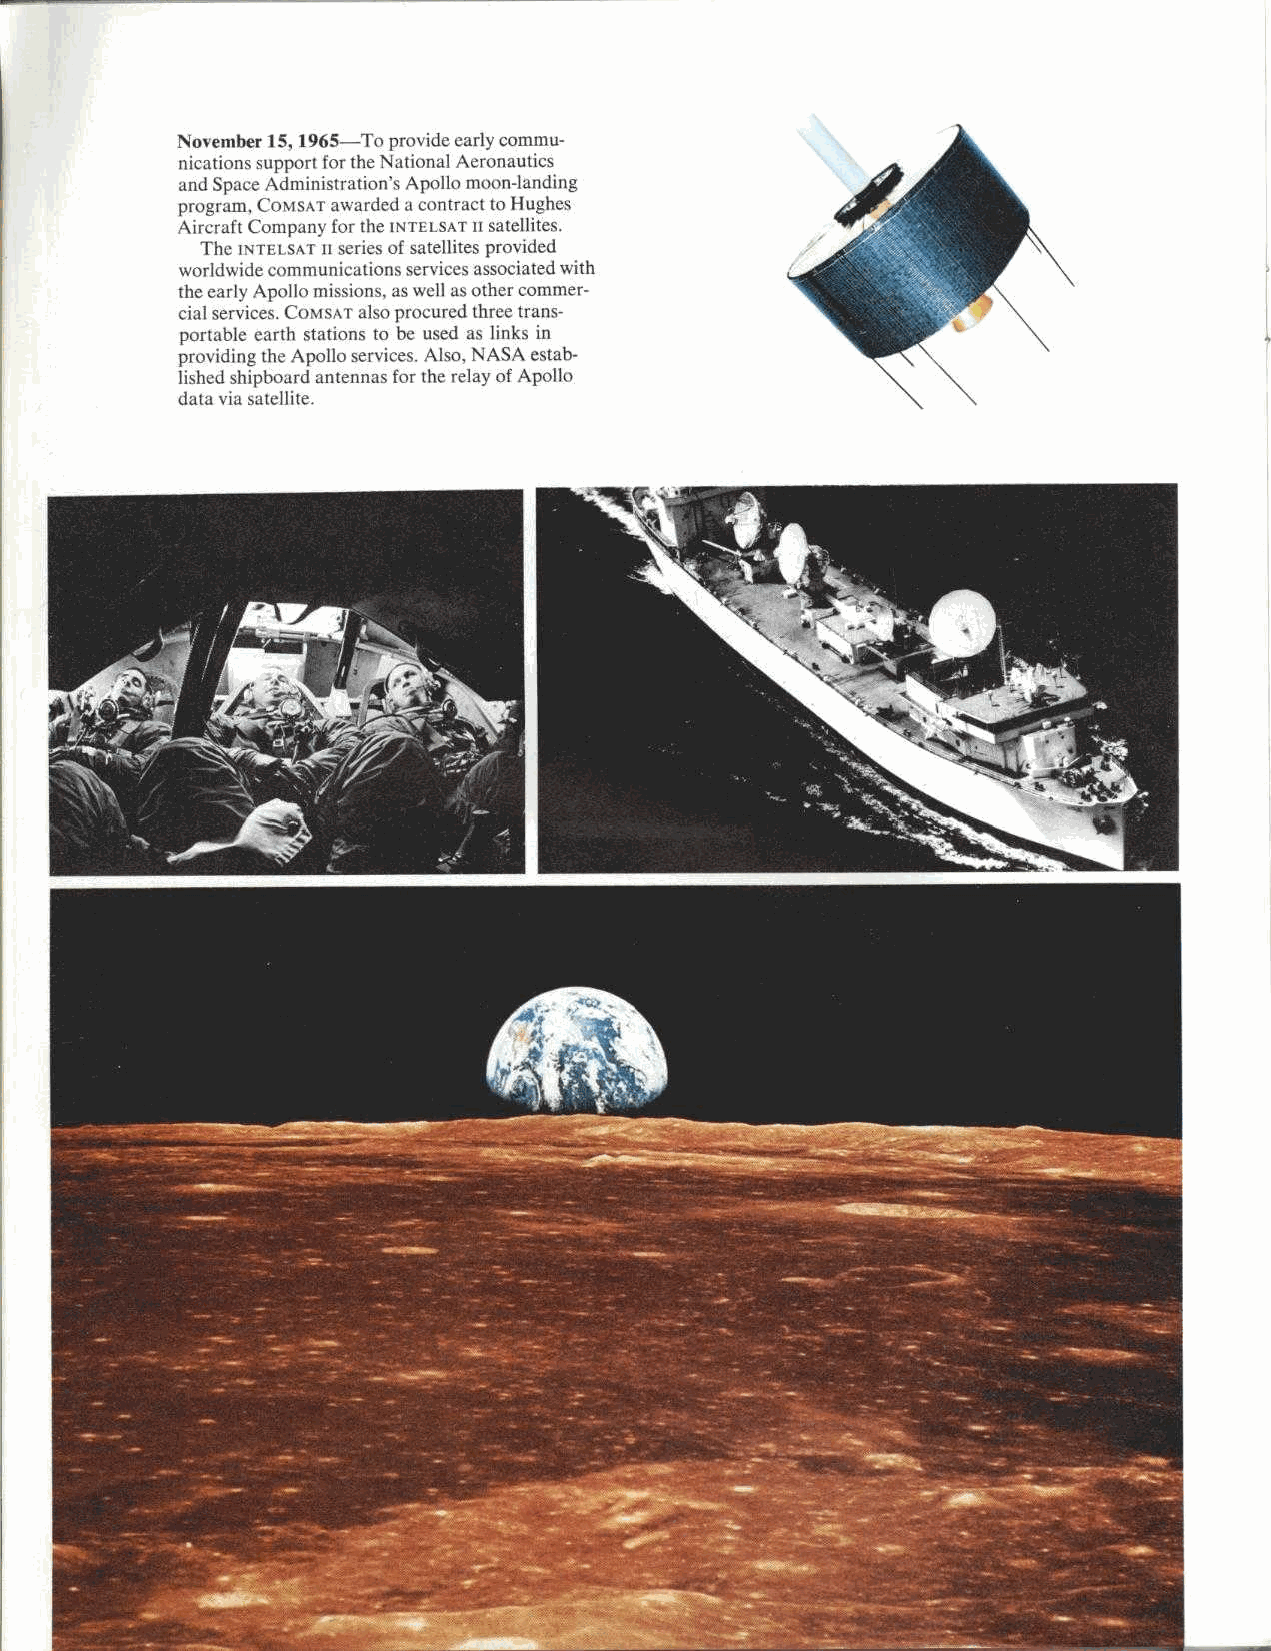
November 15, 1965-To provide early commu-
 nications support for the National Aeronautics
 and Space Administration's Apollo moon-landing
 program, COMSAT awarded a contract to Hughes
 Aircraft Company for the INTELSAT it satellites.
 The INTELSAT tt series of satellites provided
 worldwide communications services associated with
 the early Apollo missions, as well as other commer-
 cial services. COMSAT also procured three trans-
 portable earth stations to be used as links in
 providing the Apollo services. Also, NASA estab-
 lished shipboard antennas for the relay of Apollo
 data via satellite.